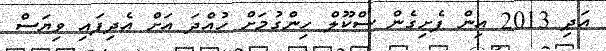
އަދި 2013 އިން ފެށިގެން ސްކޫލް ހިންގުމަށް ހުއްދަ އަށް އެދިފައި ވިޔަސް